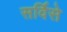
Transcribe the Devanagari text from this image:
सर्विसे